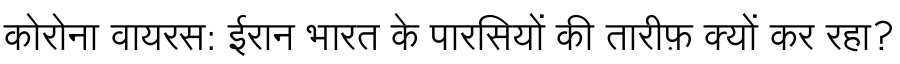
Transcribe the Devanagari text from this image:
कोरोना वायरस: ईरान भारत के पारसियों की तारीफ़ क्यों कर रहा?